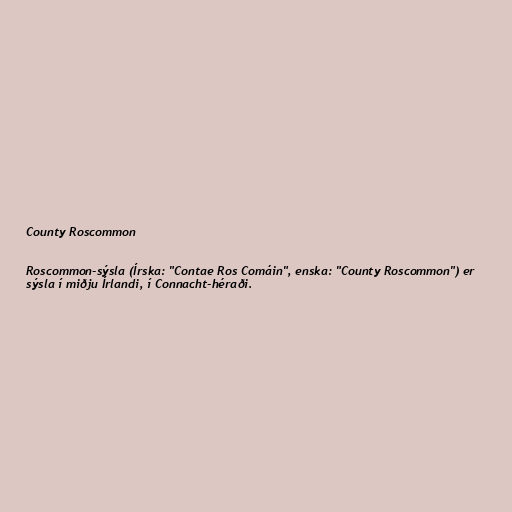
County Roscommon

Roscommon-sýsla (Írska: "Contae Ros Comáin", enska: "County Roscommon") er
sýsla í miðju Írlandi, í Connacht-héraði.